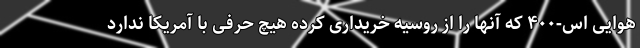
هوایی اس-۴۰۰ که آنها را از روسیه خریداری کرده هیچ حرفی با آمریکا ندارد